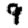
Digit: 9